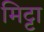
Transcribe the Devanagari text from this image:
मिट्टा